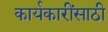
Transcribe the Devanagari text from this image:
कार्यकारींसाठी